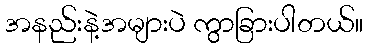
အနည်းနဲ့အများပဲ ကွာခြားပါတယ်။